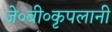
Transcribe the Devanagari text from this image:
जे०बी०कृपलानी